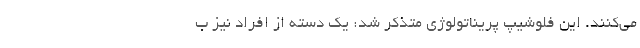
می‌‌کنند. این فلوشیپ پریناتولوژی متذکر شد: یک دسته از افراد نیز ب